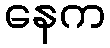
နေက